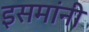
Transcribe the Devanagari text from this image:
इसमांनी